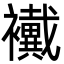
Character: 襶